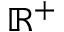
\mathbb { R } ^ { + }